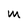
Character: M